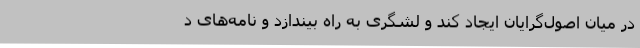
در میان اصول‌گرایان ایجاد کند و لشگری به راه بیندازد و نامه‌های د